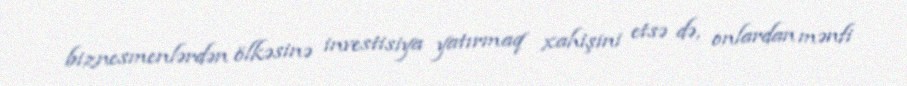
biznesmenlərdən ölkəsinə investisiya yatırmaq xahişini etsə də, onlardan mənfi